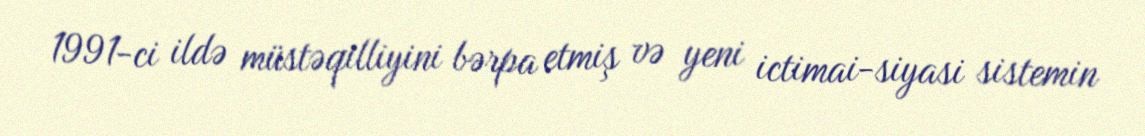
1991-ci ildə müstəqilliyini bərpa etmiş və yeni ictimai-siyasi sistemin